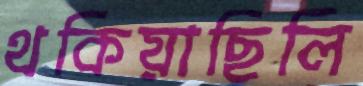
থকিয়াছিলি